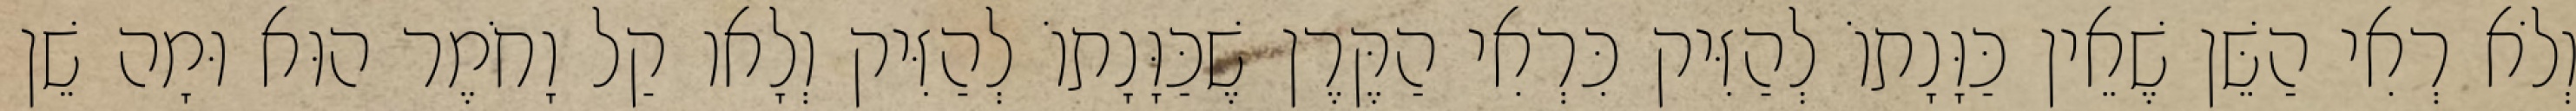
וְלֹא רְאִי הַשֵּׁן שֶׁאֵין כַּוָּנָתוֹ לְהַזִּיק כִּרְאִי הַקֶּרֶן שֶׁכַּוָּנָתוֹ לְהַזִּיק וְלָאו קַל וָחֹמֶר הוּא וּמָה שֵׁן